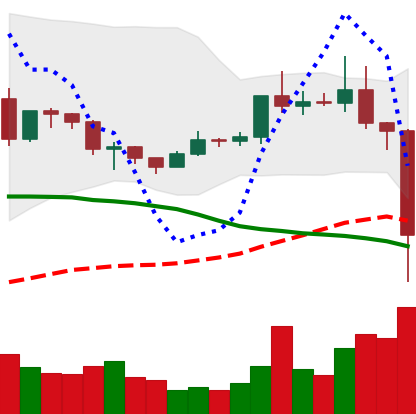
Ticker: EOS-USD
Chart end date: 2020-12-23
Forward return: 19.922%
Label: up_7plus